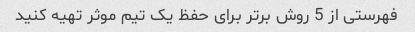
فهرستی از 5 روش برتر برای حفظ یک تیم موثر تهیه کنید